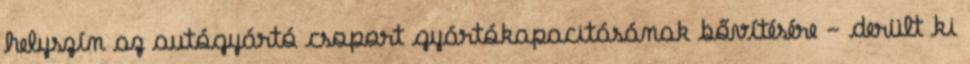
helyszín az autógyártó csoport gyártókapacitásának bővítésére - derült ki